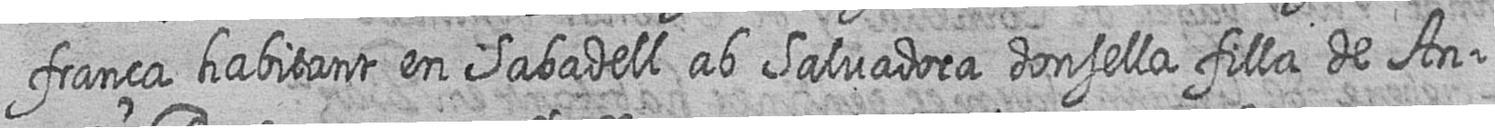
frança habitant en Sabadell ab Salvadora donsella filla de An=